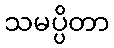
သမပ္ပိတာ